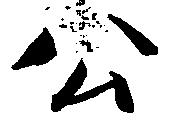
公